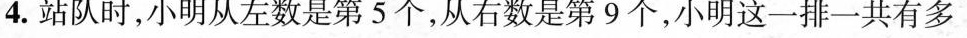
4.站队时，小明从左数是第5个，从右数是第9个，小明这一排一共有多